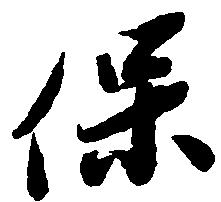
保